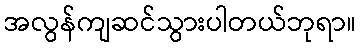
အလွန်ကျဆင်သွားပါတယ်ဘုရာ။